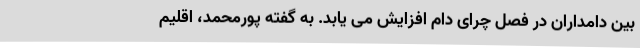
بین دامداران در فصل چرای دام افزایش می‌ یابد. به گفته پورمحمد، اقلیم